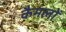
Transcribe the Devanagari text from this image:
कैमलों